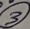
Text: 3